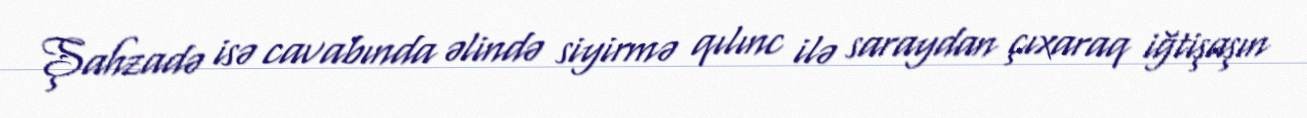
Şahzadə isə cavabında əlində siyirmə qılınc ilə saraydan çıxaraq iğtişaşın